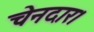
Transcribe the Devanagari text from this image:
चेनदार।